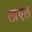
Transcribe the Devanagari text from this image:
लाएल